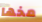
مخها